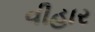
વીહાર